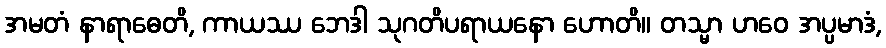
အမတံ နာရာဓေတိ, ကာယဿ ဘေဒါ သုဂတိပရာယနော ဟောတိ။ တသ္မာ ဟဝေ အပ္ပမာဒံ,